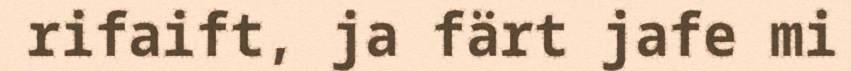
rifaift, ja färt jafe mi